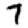
Digit: 7